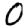
Digit: 0